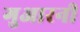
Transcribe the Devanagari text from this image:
गुआरनी